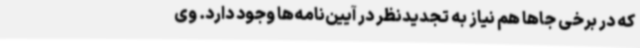
که در برخی جاها هم نیاز به تجدیدنظر در آیین‌نامه‌ها وجود دارد. وی